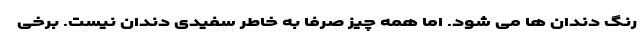
رنگ دندان ها می شود. اما همه چیز صرفا به خاطر سفیدی دندان نیست. برخی